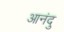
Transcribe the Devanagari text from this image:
आनंदु